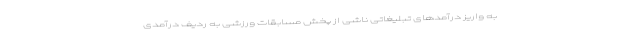
به واریز درآمدهای تبلیغاتی ناشی از پخش مسابقات ورزشی به ردیف درآمدی